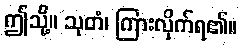
ဤသို့။ သုတံ၊ ကြားလိုက်ရ၏။